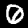
Digit: 0